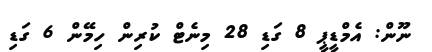
ނޫން: އެމްޑީޕީ 8 ގަޑި 28 މިނެޓް ކުރިން ހިމޭން 6 ގަޑި